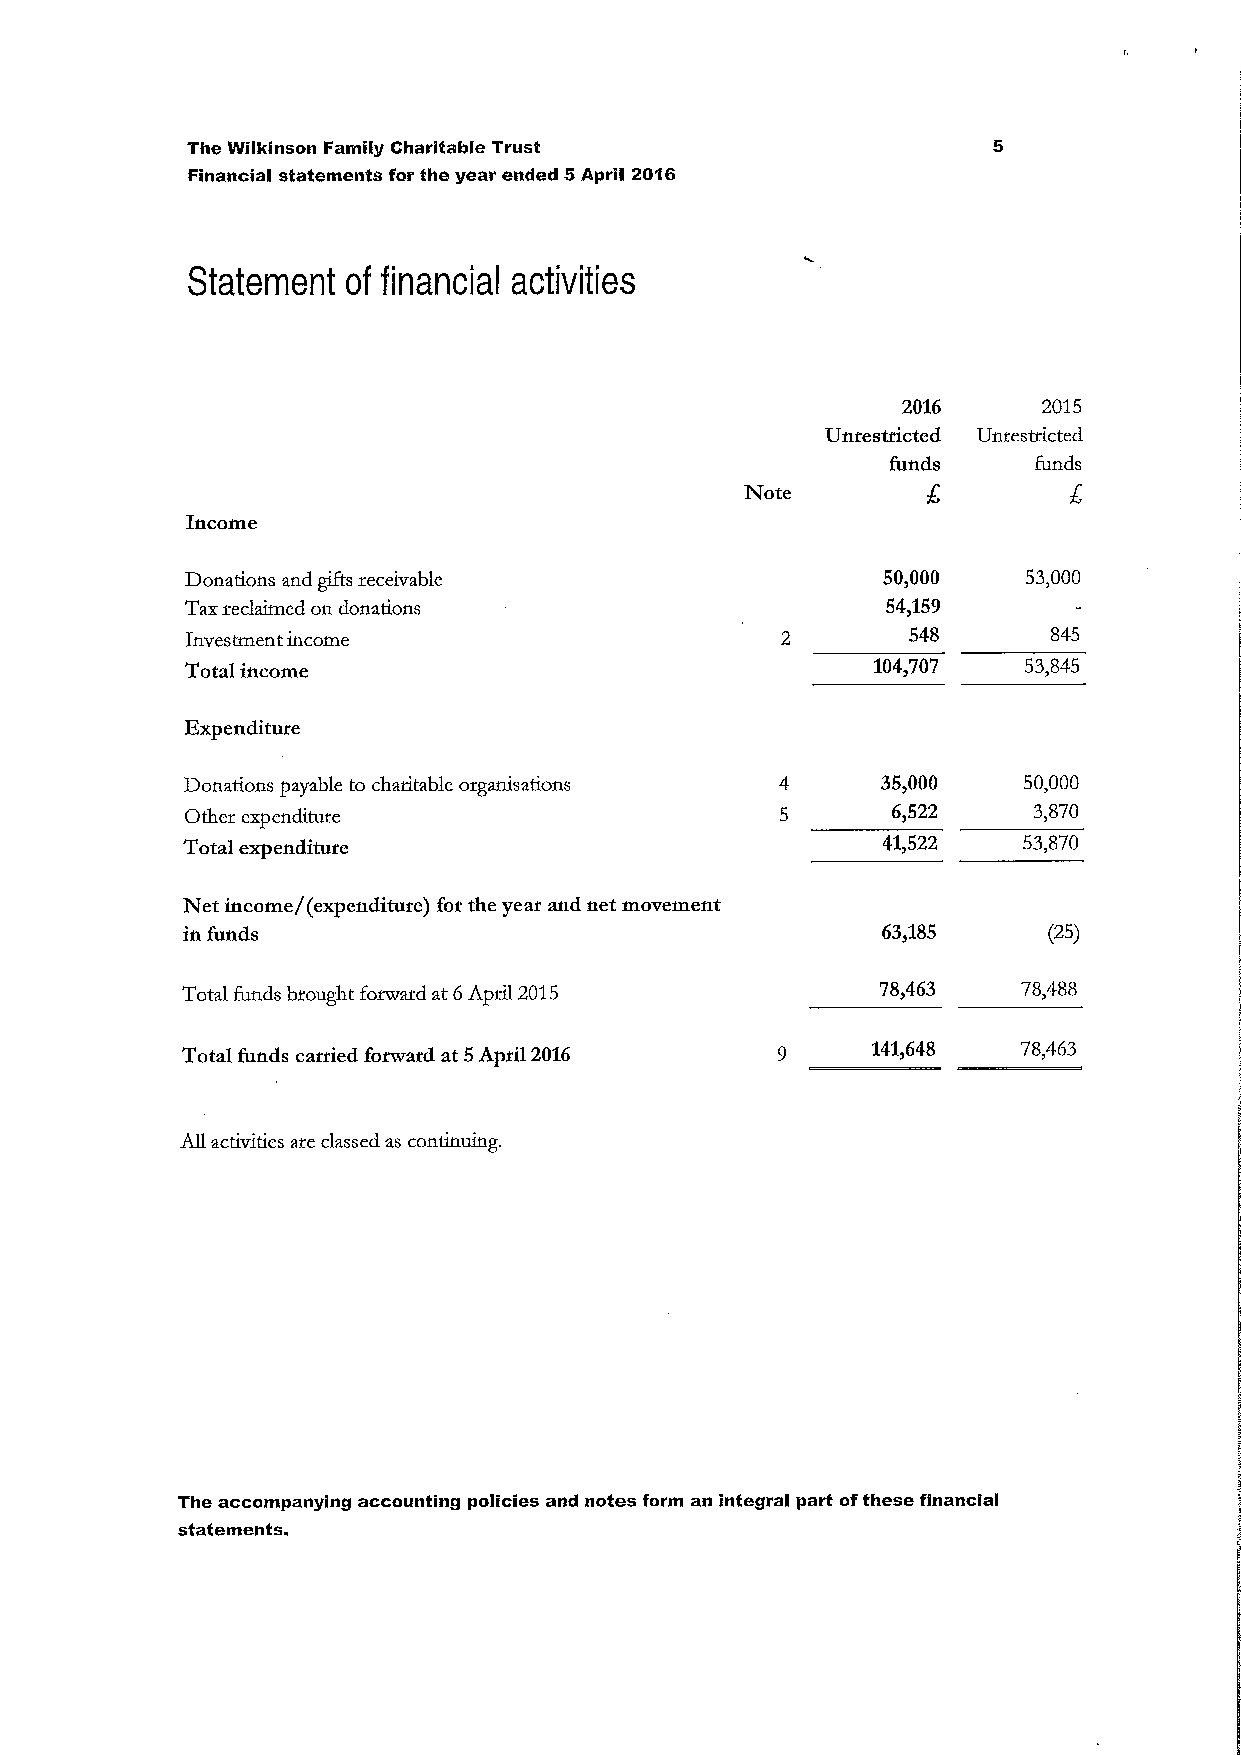
The Wilkinson Family Charitable Trust
 Financial statements for the year ended 5April 2016
 Statement  of financial activities
 2016     2015
 Unrestricted Unrestricted
 funds    funds
 Note
 Income
 Donations and gifts receivable                50,000    53,000
 Taxreclaimed on donations                      54,159
 Investment income                               548       845
 Total income                                  104,707   53,845
 Expenditure
 Donations payable to charitable organisations 35,000    50,000
 Other expenditure                              6,522    3,870
 Total expenditure                             41&522    53,870
 Net income/(expenditure) for the year and net movement
 in funds                                      63&185     (»)
 Total funds brought forward at 6April 2015    78,463    78,488
 Total funds carried fonvard at 5April 2016    141,648   78,463
 All activities are classed as continuing.
 The accompanying accounting policies and notes form an Integral part ofthese financial
 statements.